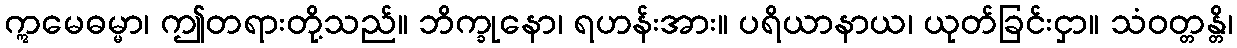
ဣမေဓမ္မာ၊ ဤတရားတို့သည်။ ဘိက္ခုနော၊ ရဟန်းအား။ ပရိယာနာယ၊ ယုတ်ခြင်းငှာ။ သံဝတ္တန္တိ၊